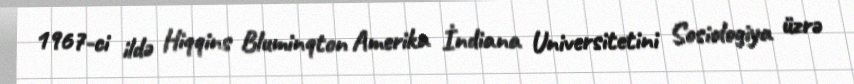
1967-ci ildə Hiqqins Bluminqton Amerika İndiana Universitetini Sosiologiya üzrə